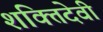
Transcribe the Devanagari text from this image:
शक्तिदेवी